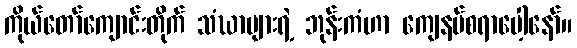
ကိုယ်တော်ကျောင်းတိုက် သံဃာများရဲ့ ဘုန်းကံဟာ ကျေနပ်စရာပေါ့နော်။